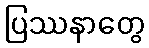
ပြဿနာတွေ